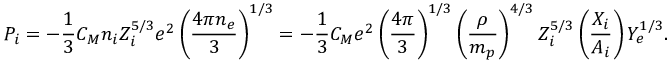
P _ { i } = - { \frac { 1 } { 3 } } C _ { M } n _ { i } Z _ { i } ^ { 5 / 3 } e ^ { 2 } \left( { \frac { 4 \pi n _ { e } } { 3 } } \right) ^ { 1 / 3 } = - { \frac { 1 } { 3 } } C _ { M } e ^ { 2 } \left( { \frac { 4 \pi } { 3 } } \right) ^ { 1 / 3 } \left( { \frac { \rho } { m _ { p } } } \right) ^ { 4 / 3 } Z _ { i } ^ { 5 / 3 } \left( { \frac { X _ { i } } { A _ { i } } } \right) Y _ { e } ^ { 1 / 3 } .